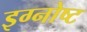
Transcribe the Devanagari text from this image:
इग्नोष्ट